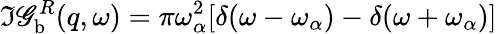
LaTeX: \Im{\mathscr{G}_{\mathrm{{b}}}^{R}(q,\omega)}=\pi\omega_{\alpha}^{2}[\delta(\omega-\omega_{\alpha})-\delta(\omega+\omega_{\alpha})]